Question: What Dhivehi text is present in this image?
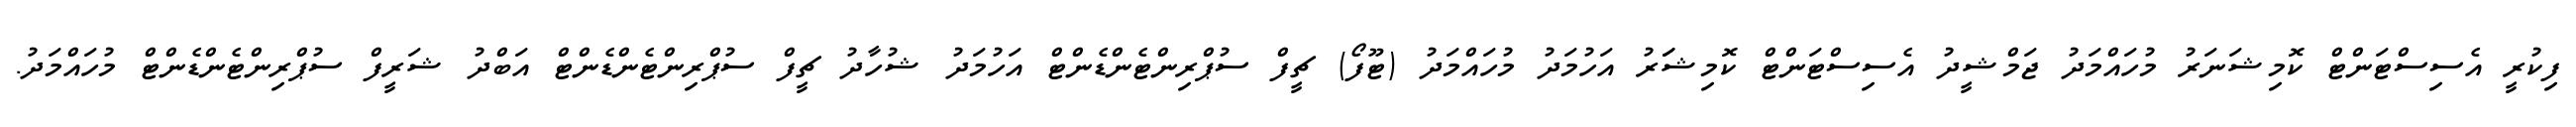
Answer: ފިކުރީ އެސިސްޓަންޓް ކޮމިޝަނަރު މުހައްމަދު ޖަމްޝީދު އެސިސްޓަންޓް ކޮމިޝަަރު އަހުމަދު މުހައްމަދު (ޓޫފޯ) ޗީފް ސުޕްރިންޓެންޑެންޓް އަހުމަދު ޝުހާދު ޗީފް ސުޕްރިންޓެންޑެންޓް އަބްދު ޝަރީފް ސުޕްރިންޓެންޑެންޓް މުހައްމަދު.